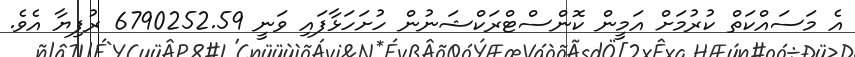
އެ މަސައްކަތް ކުރުމަށް އަމީން ކޮންސްޓްރަކްޝަނުން ހުށަހަޅާފައި ވަނީ 6790252.59 ރުފިޔާ އެވެ.